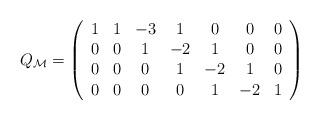
LaTeX: \begin{align*}Q_{\cal M}=\left(\begin{array}{cccccccc}1& 1&-3& 1& 0& 0& 0 \\0& 0& 1&-2& 1& 0& 0 \\0& 0& 0& 1&-2& 1& 0 \\0& 0& 0& 0& 1&-2& 1\end{array}\right)\end{align*}